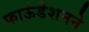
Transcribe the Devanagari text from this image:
फाऊंडेशनने